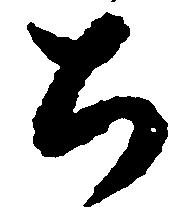
ち